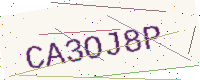
Text: CA3OJ8P